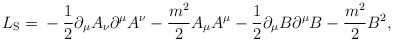
\begin{align*}L_{\rm S} = \mbox{}- \frac{1}{2}\partial_{\mu}A_{\nu}\partial^{\mu}A^{\nu} - \frac{m^{2}}{2}A_{\mu}A^{\mu} - \frac{1}{2}\partial_{\mu}B\partial^{\mu}B - \frac{m^{2}}{2}B^{2} , \end{align*}